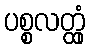
ပစ္စလတ္ထုံ